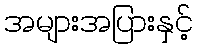
အများအပြားနှင့်